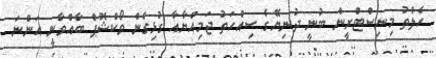
ހެލްތު މިނިސްޓްރީން ބުނީ ދުނިޔޭގެ ސިއްހަތު ޖަމިއްޔާއާ ގުޅިގެން ވޯކްޝޮޕް ބާއްވާނީ އަންނަ